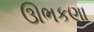
ઊભકણા